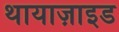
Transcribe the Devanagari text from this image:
थायाज़ाइड